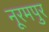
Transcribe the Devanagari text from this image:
नूरमपुर